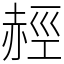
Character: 䞓